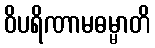
ဝိပရိဏာမဓမ္မာတိ